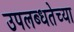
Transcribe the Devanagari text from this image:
उपलब्धतेच्या